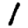
Digit: 1